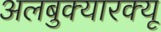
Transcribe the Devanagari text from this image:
अलबुक्यारक्यू